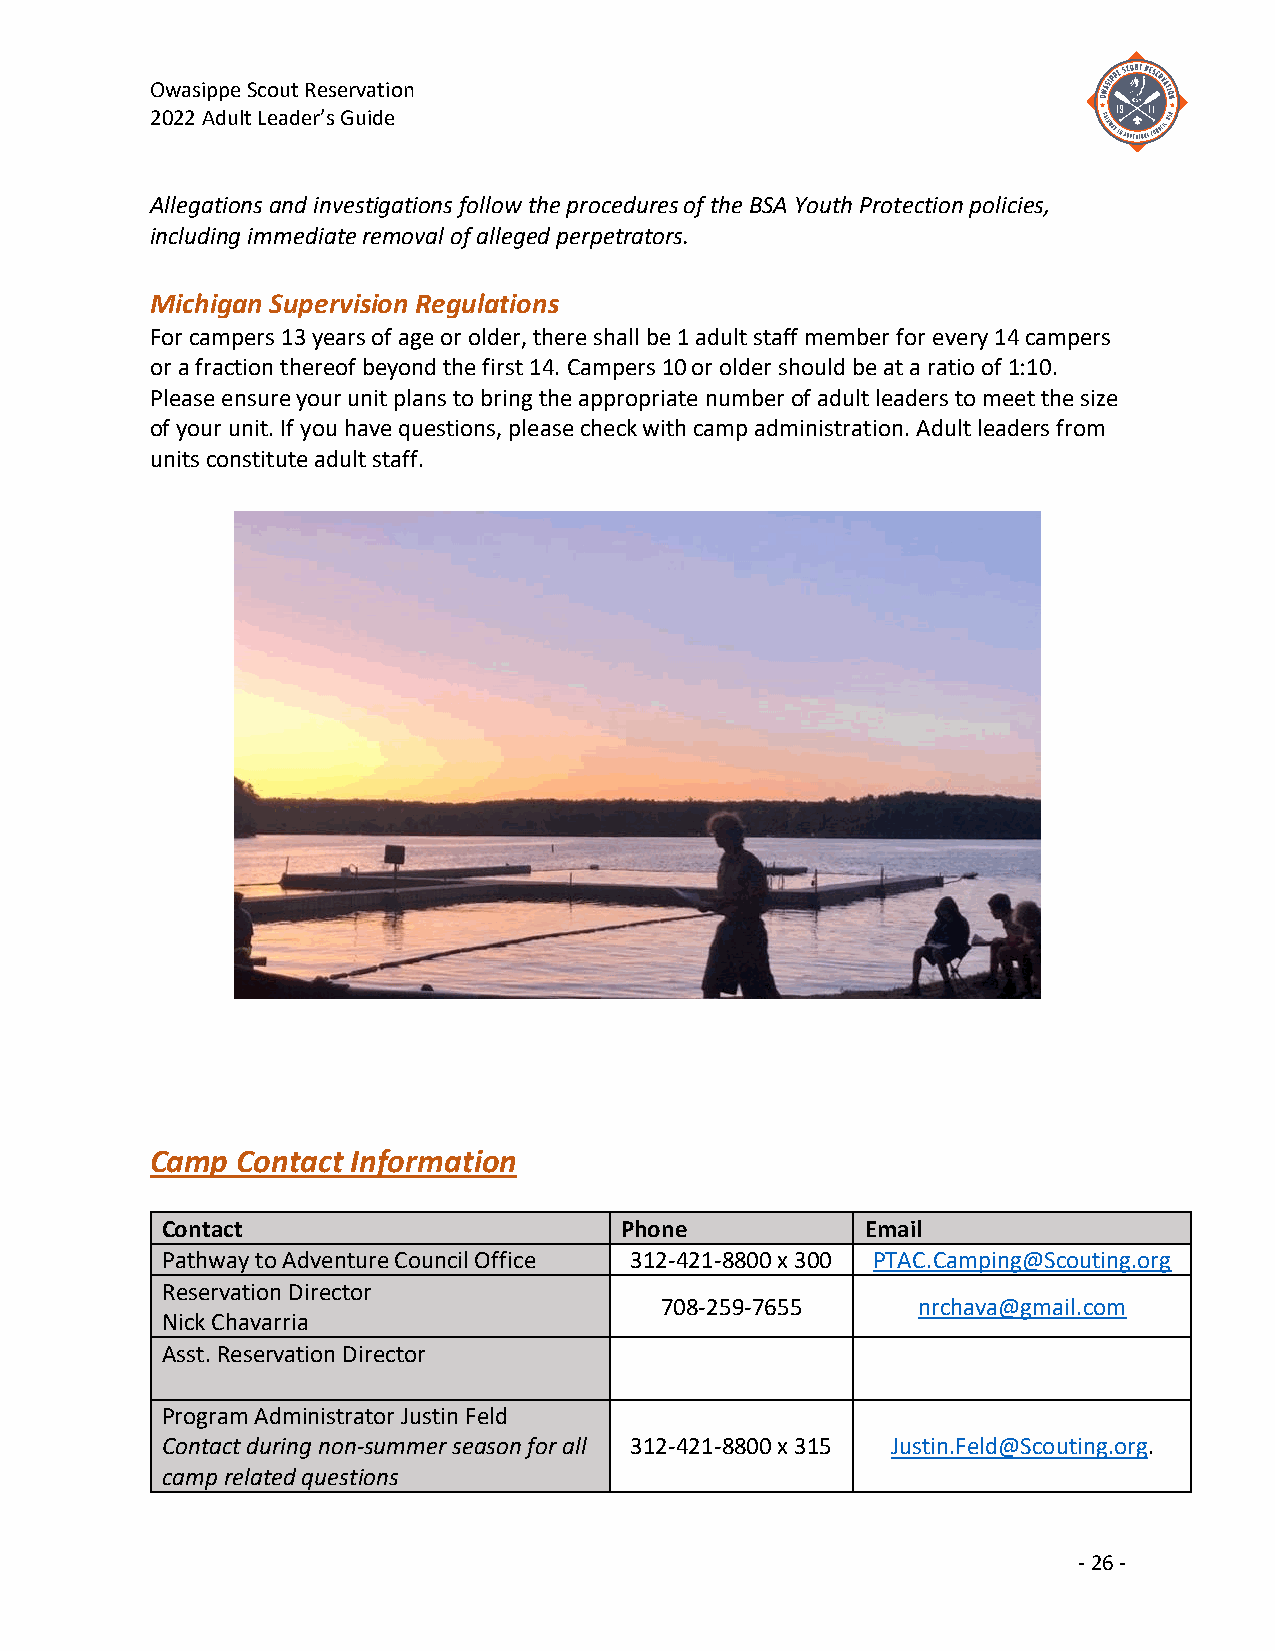
Owasippe Scout Reservation
 2022 Adult Leader’s Guide
 Allegations and investigations follow the procedures of the BSA Youth Protection policies,
 including immediate removal of alleged perpetrators.
 Michigan Supervision Regulations
 For campers 13 years of age or older, there shall be 1 adult staff member for every 14 campers
 or a fraction thereof beyond the first 14. Campers 10 or older should be at a ratio of 1:10.
 Please ensure your unit plans to bring the appropriate number of adult leaders to meet the size
 of your unit. If you have questions, please check with camp administration. Adult leaders from
 units constitute adult staff.
 Camp  Contact Information
 Contact                       Phone           Email
 Pathway to Adventure Council Office 312-421-8800 x 300 PTAC.Camping@Scouting.org
 Reservation Director
 708-259-7655     nrchava@gmail.com
 Nick Chavarria
 Asst. Reservation Director
 Program Administrator Justin Feld
 Contact during non-summer season for all 312-421-8800 x 315 Justin.Feld@Scouting.org.
 camp related questions
 - 26 -